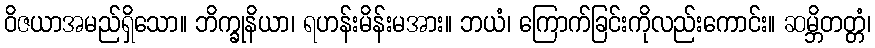
ဝိဇယာအမည်ရှိသော။ ဘိက္ခုနိယာ၊ ရဟန်းမိန်းမအား။ ဘယံ၊ ကြောက်ခြင်းကိုလည်းကောင်း။ ဆမ္ဘိတတ္တံ၊